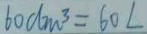
6 0 d m ^ { 3 } = 6 0 L